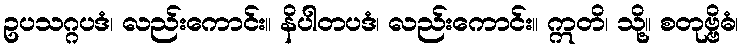
ဥပသဂ္ဂပဒံ၊ လည်းကောင်း။ နိပါတပဒံ၊ လည်းကောင်း။ ဣတိ၊ သို့။ စတုဗ္ဗိဓံ၊